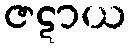
ဇဋာယ